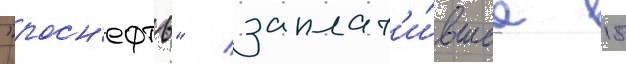
"росн'ефть" / заплат'и́вшее 18